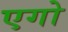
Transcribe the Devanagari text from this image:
एगो